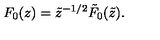
F _ { 0 } ( z ) = \tilde { z } ^ { - 1 / 2 } \tilde { F } _ { 0 } ( \tilde { z } ) .